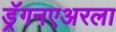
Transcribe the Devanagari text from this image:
ड्रॅगनएअरला